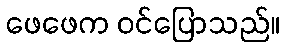
ဖေဖေက ဝင်ပြောသည်။